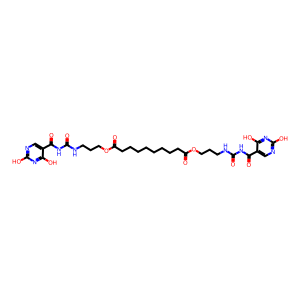
SMILES: O=C(NCCCOC(=O)CCCCCCCCC(=O)OCCCNC(=O)NC(=O)c1cnc(O)nc1O)NC(=O)c1cnc(O)nc1O
Inhibits HIV replication: No